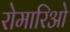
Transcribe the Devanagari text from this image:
रोमारिओ